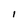
Character: I